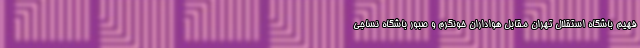
فهیم باشگاه استقلال تهران مقابل هواداران خونگرم و صبور باشگاه نساجی